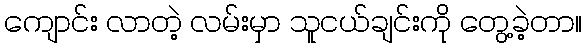
ကျောင်း လာတဲ့ လမ်းမှာ သူငယ်ချင်းကို တွေ့ခဲ့တာ။